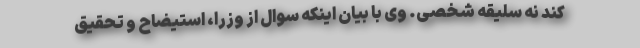
کند نه سلیقه شخصی. وی با بیان اینکه سوال از وزرا، استیضاح و تحقیق